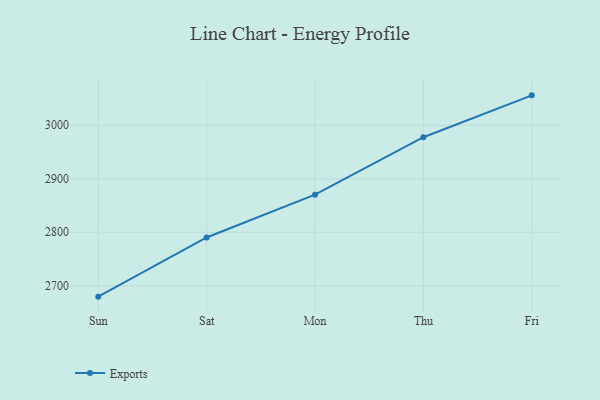
{"axis": {"x": "Day", "y": "Headcount"}, "legend": ["Exports"], "data": [{"x": "Sun", "y": 2679.7, "type": "Exports"}, {"x": "Sat", "y": 2790.2, "type": "Exports"}, {"x": "Mon", "y": 2870.2, "type": "Exports"}, {"x": "Thu", "y": 2977.5, "type": "Exports"}, {"x": "Fri", "y": 3055.7, "type": "Exports"}]}